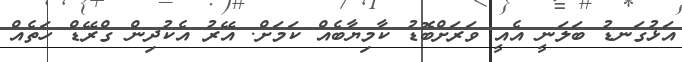
އަޅުގަނޑު ބަލަނީ އެއީ ވަރަށްބޮޑު ކާމިޔާބެއް ކަމަށް. އޭރު އެކުދިން ގްރޭޑް ހަތެއް